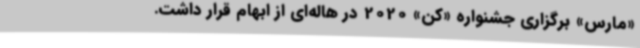
«مارس»‌ برگزاری جشنواره «کن»‌ 2020 در هاله‌ای از ابهام قرار داشت.